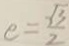
e = \frac { \sqrt { 3 } } { 2 }